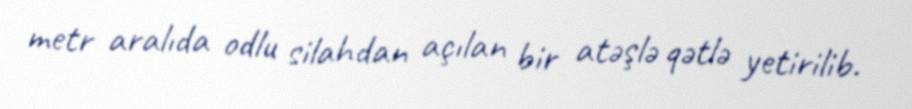
metr aralıda odlu silahdan açılan bir atəşlə qətlə yetirilib.